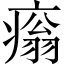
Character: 𤹗